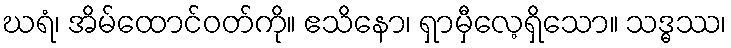
ဃရံ၊ အိမ်ထောင်ဝတ်ကို။ ဧသိနော၊ ရှာမှီလေ့ရှိသော။ သဒ္ဓဿ၊